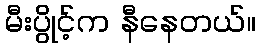
မီးပွိုင့်က နီနေတယ်။